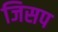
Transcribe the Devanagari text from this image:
जिसप